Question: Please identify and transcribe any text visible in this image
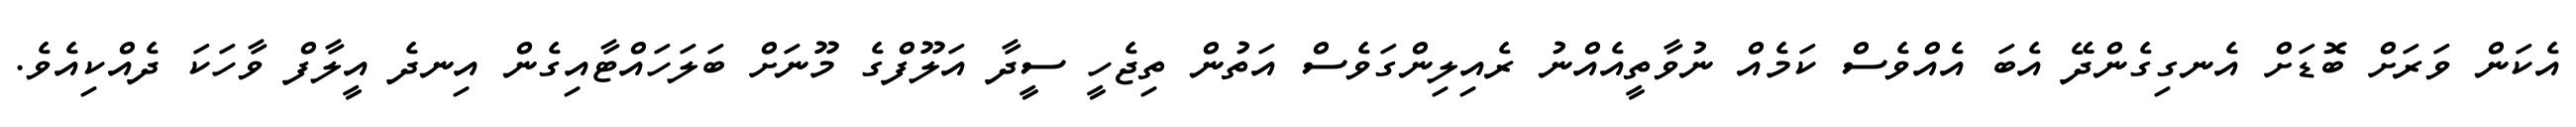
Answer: އެކަން ވަރަށް ބޮޑަށް އެނގިގެންދޭ އެބަ އެއްވެސް ކަމެއް ނުވާތީއެއްނު ރެއިލިންގަވެސް އަތުން ތިޖެހީ ސީދާ އަލޫފްގެ މޫނަށް ބަލަހައްޓާއިގެން އިނދެ އީލާފް ވާހަކަ ދެއްކިއެވެ.